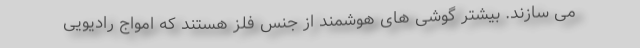
می سازند. بیشتر گوشی های هوشمند از جنس فلز هستند که امواج رادیویی